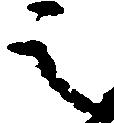
之